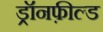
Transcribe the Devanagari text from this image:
ड्रॉनफ़ील्ड